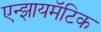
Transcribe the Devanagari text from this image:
एन्झायमॅटिक